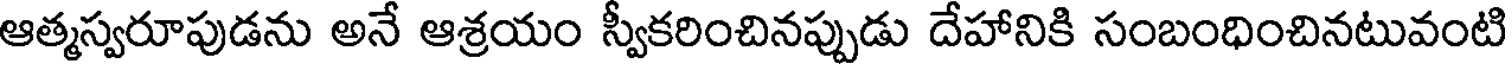
ఆత్మస్వరూపుడను అనే ఆశ్రయం స్వీకరించినప్పుడు దేహానికి సంబంధించినటువంటి